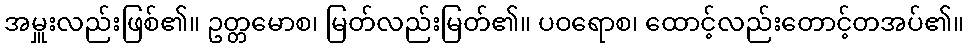
အမှူးလည်းဖြစ်၏။ ဥတ္တမောစ၊ မြတ်လည်းမြတ်၏။ ပဝရောစ၊ ထောင့်လည်းတောင့်တအပ်၏။